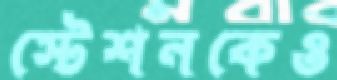
স্টেশনকেও